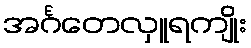
အင်္ဂတေလှူရကျိုး